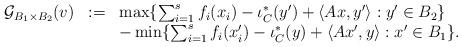
LaTeX: \begin{align*}\begin{array}{rcl}\mathcal{G}_{B_1\times B_2}(v)&:=&\max\{\sum_{i=1}^sf_i(x_i)-\iota_{C}^*(y')+\langle Ax, y'\rangle: y'\in B_2\}\\&&-\min\{\sum_{i=1}^sf_i(x_i')-\iota_{C}^*(y)+\langle Ax', y\rangle: x'\in B_1\}.\end{array}\end{align*}